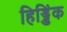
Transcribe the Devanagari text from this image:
हिड्डिंक